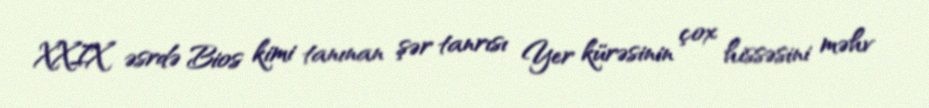
XXIX əsrdə Bios kimi tanınan şər tanrısı Yer kürəsinin çox hissəsini məhv